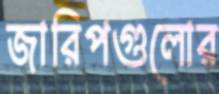
জারিপগুলোর